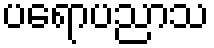
ပရောပညာသ